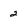
Character: 2